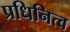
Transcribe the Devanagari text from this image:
प्रधिनित्व